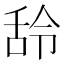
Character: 𮍶